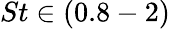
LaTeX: St\in(0.8-2)